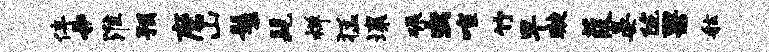
停#淮预磨山鬟髦禅猛壤碾虫喧竹早璇葭晏陇果舷